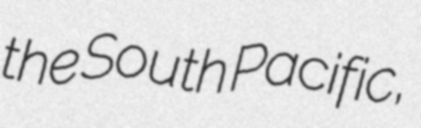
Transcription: the South Pacific,